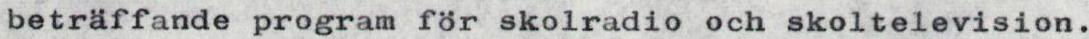
beträffande program för skolradio och skoltelevision.